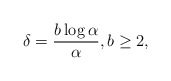
\begin{align*} \delta=\dfrac{b \log \alpha}{\alpha}, b\ge 2,\end{align*}